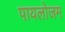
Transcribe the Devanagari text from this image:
पायलोजम